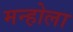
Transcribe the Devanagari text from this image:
मन्होला